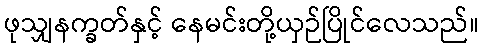
ဖုသျှနက္ခတ်နှင့် နေမင်းတို့ယှဉ်ပြိုင်လေသည်။